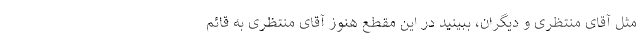
مثل آقای منتظری و دیگران، ببینید در این مقطع هنوز آقای منتظری به قائم